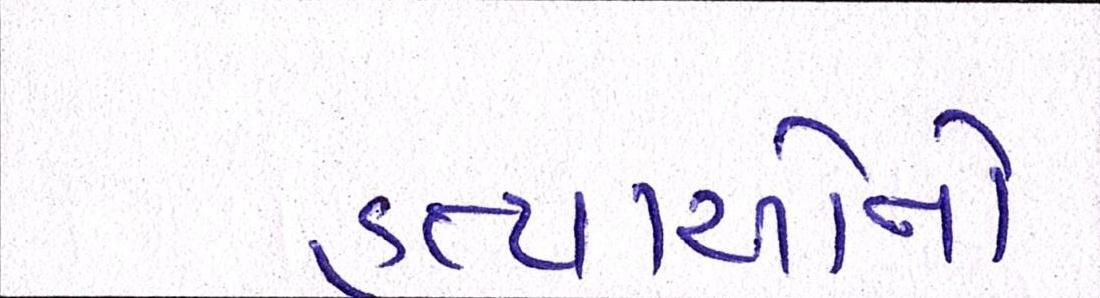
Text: હત્યાઓનો